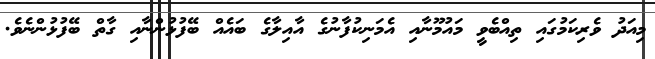
މިއަދު ވެރިކަމުގައި ތިއްބެވީ މައުމޫނާއި އެމަނިކުފާނުގެ އާއިލާގެ ބައެއް ބޭފުޅުންނާއި ގާތް ބޭފުޅުންނެވެ.